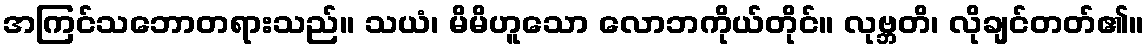
အကြင်သဘောတရားသည်။ သယံ၊ မိမိဟူသော လောဘကိုယ်တိုင်။ လုဗ္ဘတိ၊ လိုချင်တတ်၏။